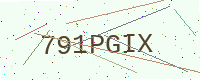
Text: 791PGIX